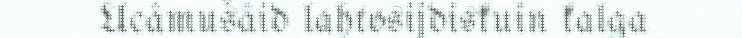
Ucâmušâid lahtosijdiskuin kalga